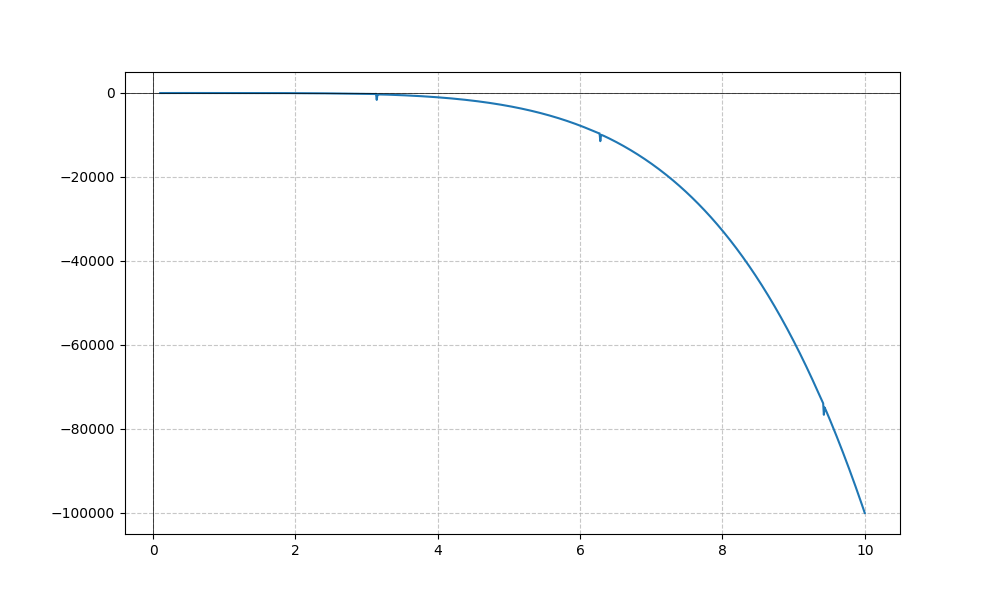
LaTeX formula: - x^{5} - \cot{\left(x \right)}